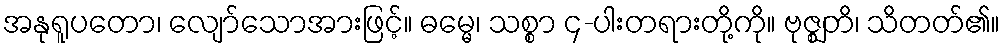
အနုရူပတော၊ လျော်သောအားဖြင့်။ ဓမ္မေ၊ သစ္စာ ၄-ပါးတရားတို့ကို။ ဗုဇ္ဈတိ၊ သိတတ်၏။